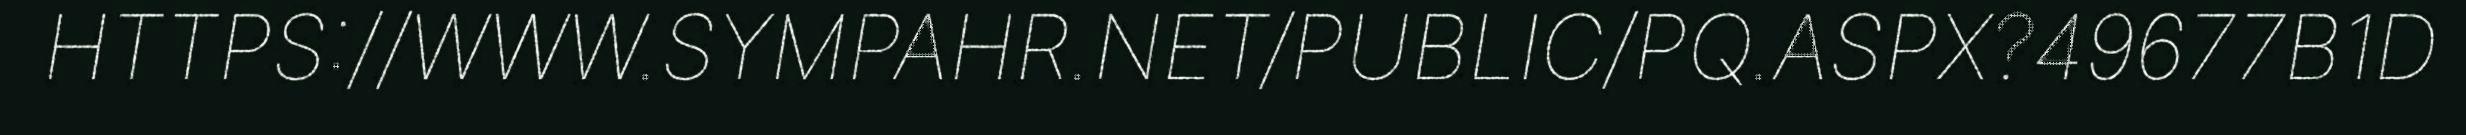
HTTPS://WWW.SYMPAHR.NET/PUBLIC/PQ.ASPX?49677B1D